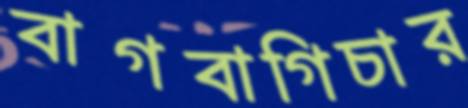
বাগবাগিচার